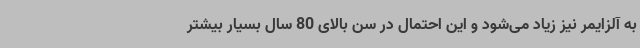
به آلزایمر نیز زیاد می‌شود و این احتمال در سن بالای 80 سال بسیار بیشتر